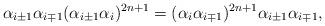
LaTeX: \begin{align*}\alpha_{i\pm 1} \alpha_{i\mp 1} (\alpha_{i\pm 1} \alpha_i)^{2n+1}=(\alpha_i \alpha_{i\mp 1})^{2n+1} \alpha_{i\pm 1} \alpha_{i\mp 1},\end{align*}